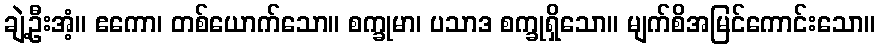
ချဲ့ဦးအံ့။ ဧကော၊ တစ်ယောက်သော။ စက္ခုမာ၊ ပသာဒ စက္ခုရှိသော။ မျက်စိအမြင်ကောင်းသော။